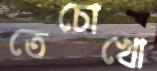
তেচোখো